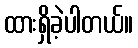
ထားရှိခဲ့ပါတယ်။